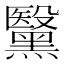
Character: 黳